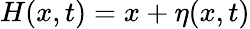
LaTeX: H(x,t)=x+\eta(x,t)